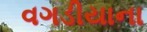
વગડીયાના